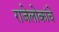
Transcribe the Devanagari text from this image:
राजेलोकांचे